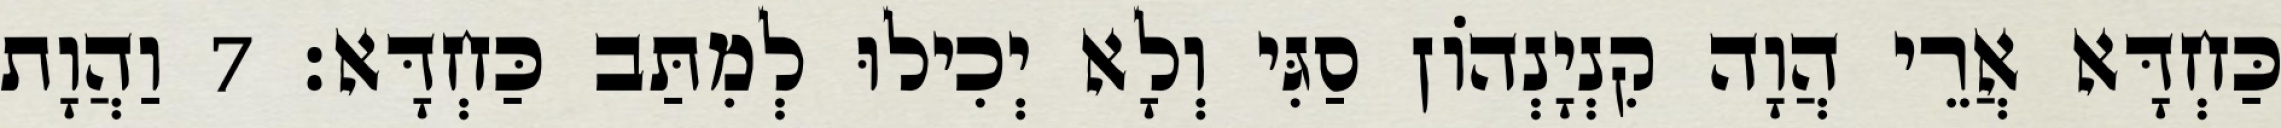
כַּחְדָּא אֲרֵי הֲוָה קִנְיָנְהוֹן סַגִּי וְלָא יְכִילוּ לְמִתַּב כַּחְדָּא׃ 7 וַהֲוָת